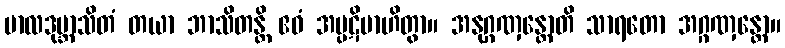
ဗာလဒုဗ္ဘာသိတံ တယာ ဘာသိတန္တိ ဧဝံ အပ္ပဋိဗာဟိတွာ။ အနုဂ္ဂဏှန္တောတိ သာရတော အဂ္ဂဏှန္တော။